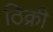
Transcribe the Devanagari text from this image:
ठिक्री